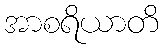
အာစရိယာတိ